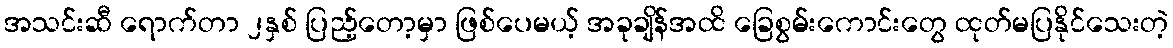
အသင်းဆီ ရောက်တာ ၂နှစ် ပြည့်တော့မှာ ဖြစ်ပေမယ့် အခုချိန်အထိ ခြေစွမ်းကောင်းတွေ ထုတ်မပြနိုင်သေးတဲ့